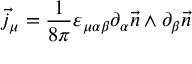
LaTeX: \vec { j } _ { \mu } = \frac { 1 } { 8 \pi } \varepsilon _ { \mu \alpha \beta } \partial _ { \alpha } \vec { n } \wedge \partial _ { \beta } \vec { n }